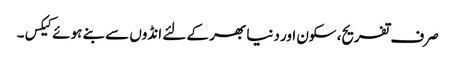
صرف تفریح، سکون اور دنیا بھر کے لئے انڈوں سے بنے ہوئے کیکس۔